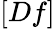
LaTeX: [Df]